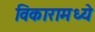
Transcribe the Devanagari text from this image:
विकारामध्ये